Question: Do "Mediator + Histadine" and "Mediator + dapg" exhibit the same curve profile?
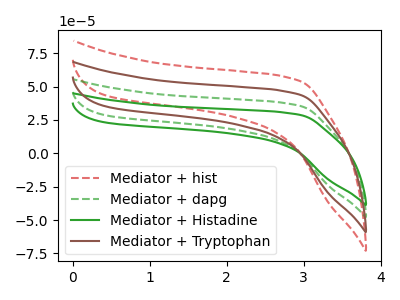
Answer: <think>The red dashed curve "Mediator + hist" has no peaks. The green dashed curve "Mediator + dapg" has no peaks. The green curve "Mediator + Histadine" has no peaks. The brown curve "Mediator + Tryptophan" has no peaks.
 Neither "Mediator + Histadine" or "Mediator + dapg" have any peaks.</think>
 <answer>"Mediator + Histadine" and "Mediator + dapg" are similar in shape.</answer>
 <eval>same_shape</eval>